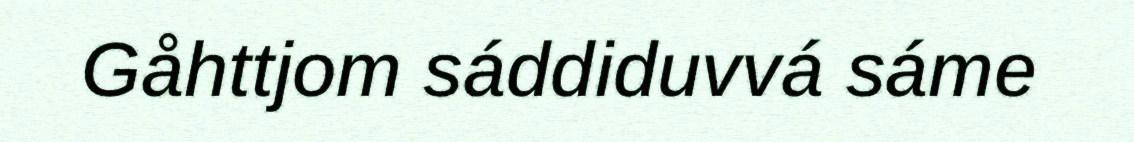
Gåhttjom sáddiduvvá sáme